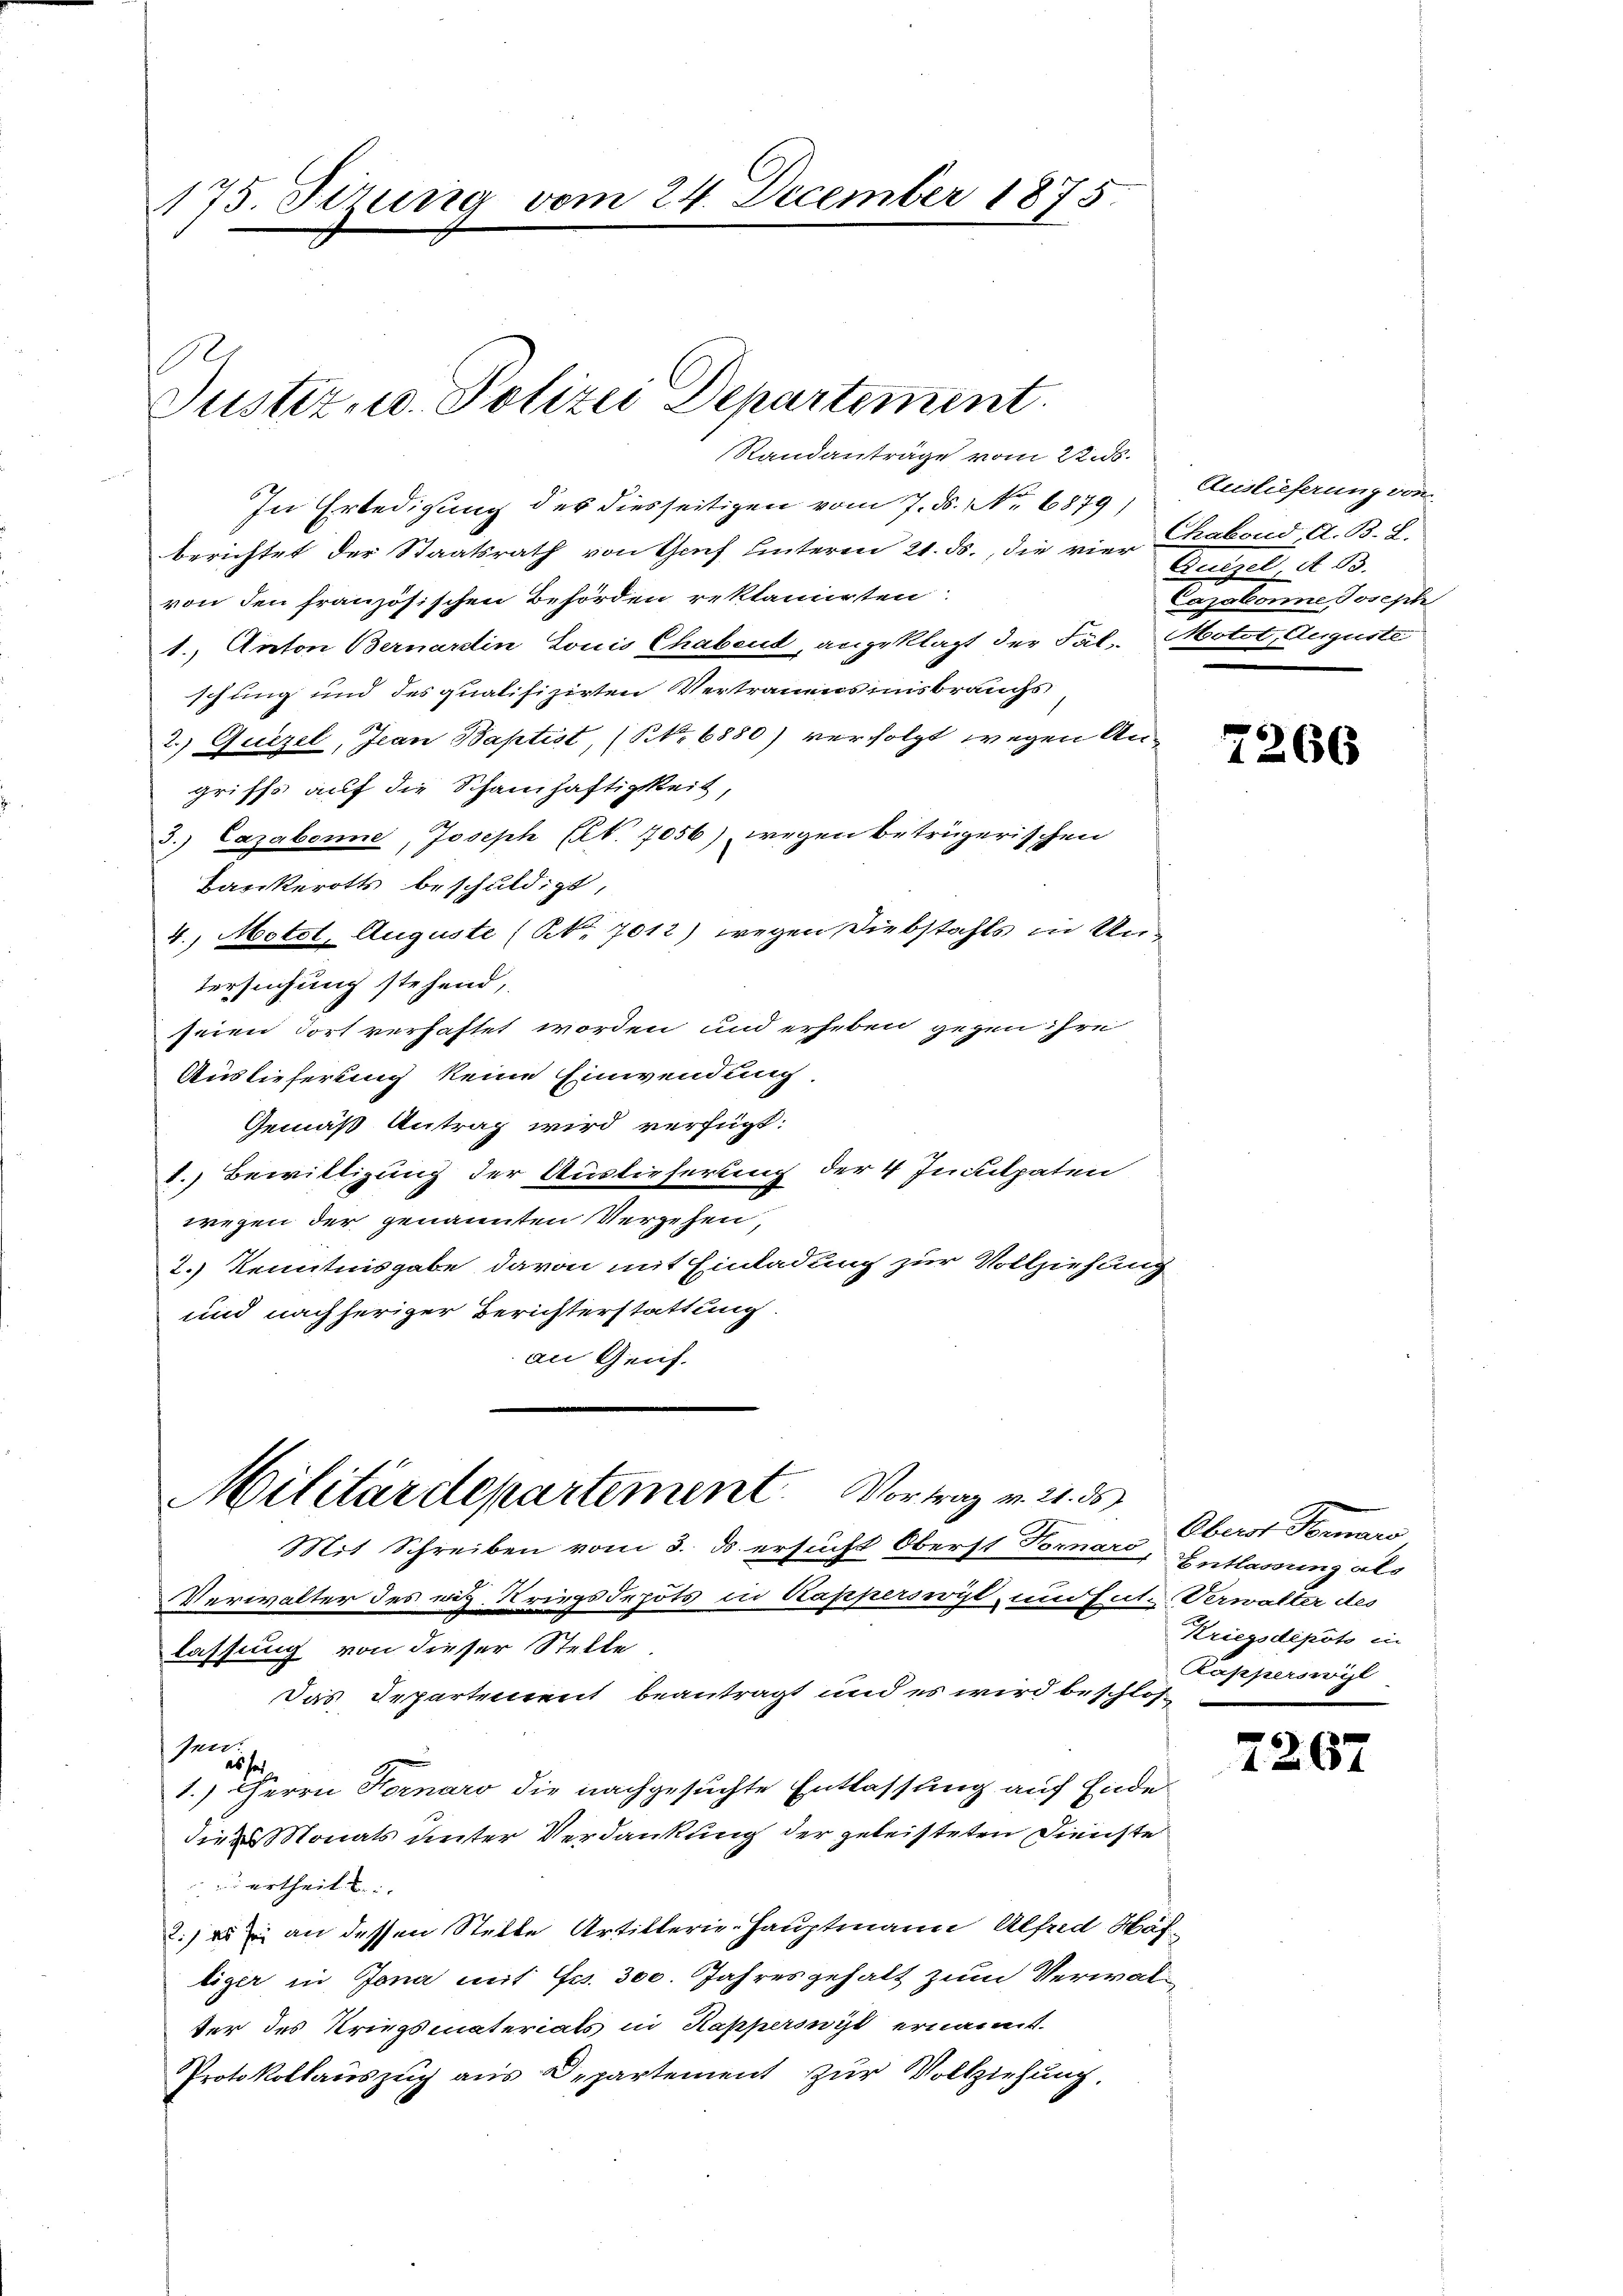
175. Sizung vom 24. December 1875.

s
Justiz u. Polizei Departement
Standanträge vom 22. ds.

In Erledigung der diesseitigen vom 7. ds. No. 6879/
berichtet der Staatsrath von Gruf hinterm 21. ds., die vier Chabond, A. B. L.
von den französischen Behörden reklamirten
1., Anton Bernardin Louis Chabend, angeklagt der Tal, Mott, Auguste
schung und des qualifizirten Vertrauens insbrauchs
2. Quizel, Jean Baptist, (N. 6880) verfolgt wegen Angriffe auf die Schamhaftigkeit,
3.) Lazabonne, Joseph Art. 7056) wegen betrügerischen
Bankerotts beschuldigt,
4., Motot, Auguste (NNo. 7012) wegen Diebstahls in Untersuchung stehend,
seien dort verhaftet worden und erheben gegen ihre
Auslieferung keine Einwendung
Gemäß Antrag wird verfügt:
1. Bewilligung der Auslieferung der 4 Inculpaten
wegen der genannten Vergehen,
2.) Kenntnisgabe davon mit Einladung zur Vollziehung
und nachheriger Berichterstattung.
an Genf.

Militärdepartement. Vortrag v. 21. ds
Mit Schreiben vom 3. d. ersucht Oberst Fornard,

Auslieferung von
A. d. d. B.
   einen vorhebe

n
Verwalter des viz. Kriegsdepots in Kapperswyl, und Ent- Verwalter des
lassung von dieser Stelle
Das Departement beantragt und es wird beschlos
Inw
es sei
1.) Herrn Fornaro die nachgesuchte Entlassung auf Endedie Monats unter Verdankung der geleisteten Dienste
zu ertheilt.
2. an dessen Stelle Artillerie-Hauptmann Alfred Näf-
liger in Jona mit Fr. 300. Jahresgehalt zum Verwalter des Kriegsmaterials in Kapperonyt ernannt.
Protokollauszeig aus Departement zur Vollziehung.

7266

Oberst Formars
Entlassung als
Kriegsdepots in
Kapperswyl

7

67